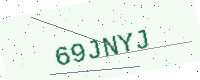
Text: 69JNYJ